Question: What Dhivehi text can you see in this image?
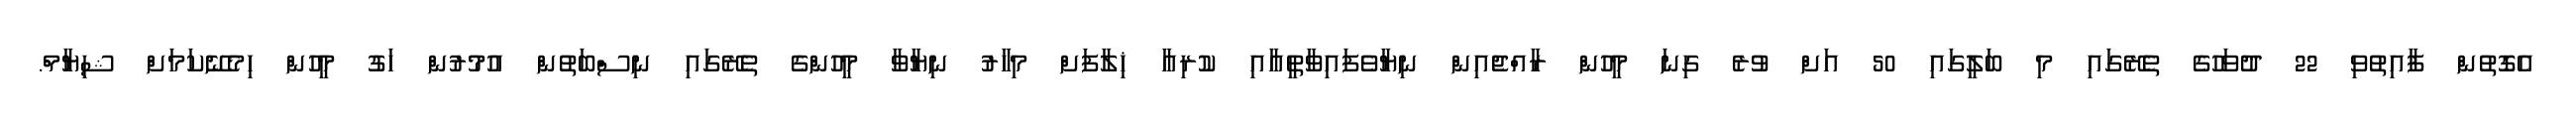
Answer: އެގޮތުން ފާއިތުވި 22 ދުވަހުގެ ތެރޭގައި މި ބަލީގައި 50 އަށް ވުރެ ގިނަ މީހުން ރާއްޖެއިން ނިޔާވެފައިވާތީއާއި ކުރިއާ ޚިލާފަށް މިހާރު ނިޔާވާ މީހުންގެ ތެރޭގައި ނިސްބަތުން އުމުރުން ހަގު މީހުން ހިމެނޭކަމަށް ޝިޔާމް.